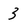
Character: 3